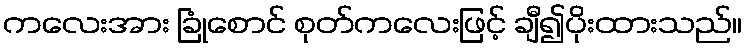
ကလေးအား ခြုံစောင် စုတ်ကလေးဖြင့် ချီ၍ပိုးထားသည်။